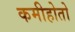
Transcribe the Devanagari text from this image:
कमीहोतो